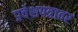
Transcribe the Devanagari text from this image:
प्रवेशपत्रावर